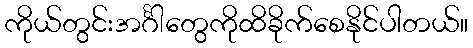
ကိုယ်တွင်းအင်္ဂါတွေကိုထိခိုက်စေနိုင်ပါတယ်။